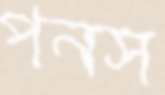
পনস